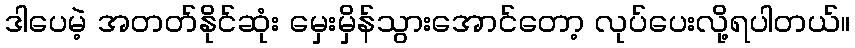
ဒါပေမဲ့ အတတ်နိုင်ဆုံး မှေးမှိန်သွားအောင်တော့ လုပ်ပေးလို့ရပါတယ်။